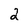
Character: 2